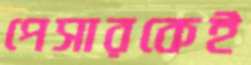
পেসারকেই